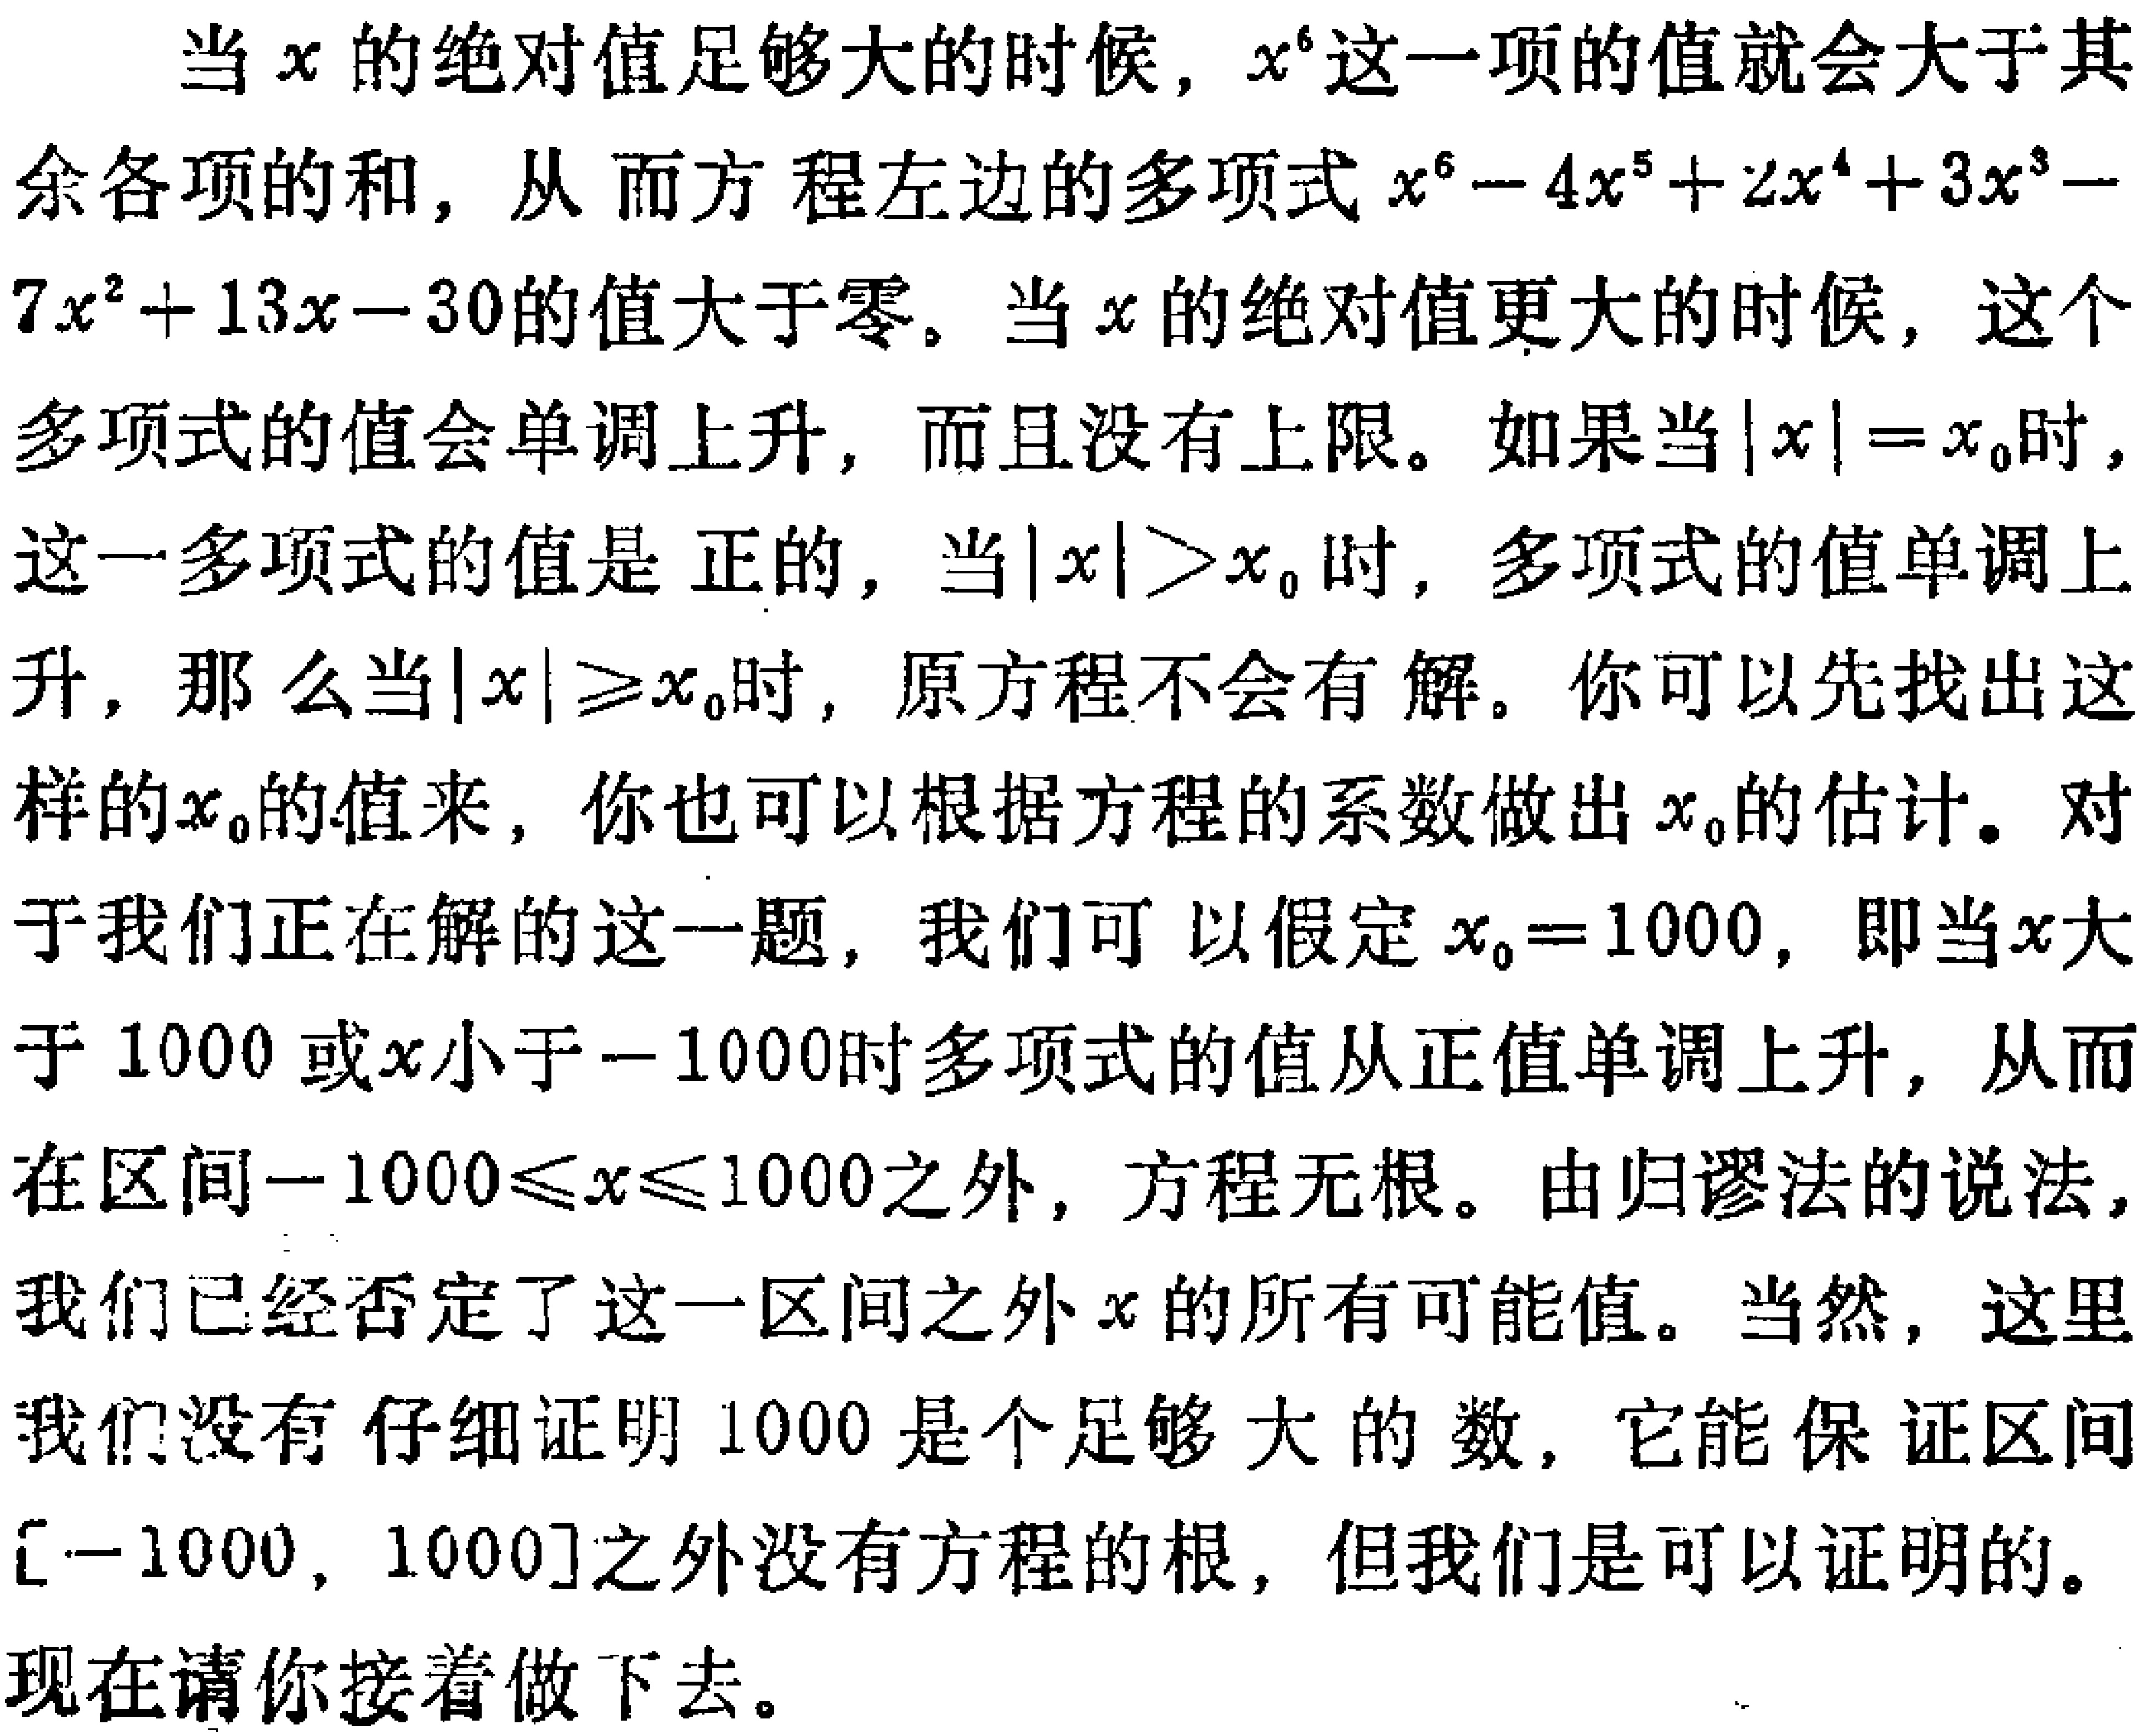
当$x$的绝对值足够大的时候，$x^{6}$这一项的值就会大于其余各项的和，从而方程左边的多项式$x^{6}-4x^{5}+2x^{4}+3x^{3}-7x^{2}+13x - 30$的值大于零。当$x$的绝对值更大的时候，这个多项式的值会单调上升，而且没有上限。如果当$|x| = x_{0}$时，这一多项式的值是正的，当$|x|>x_{0}$时，多项式的值单调上升，那么当$|x|\geqslant x_{0}$时，原方程不会有解。你可以先找出这样的$x_{0}$的值来，你也可以根据方程的系数做出$x_{0}$的估计。对于我们正在解的这一题，我们可以假定$x_{0}=1000$，即当$x$大于$1000$或$x$小于$- 1000$时多项式的值从正值单调上升，从而在区间$-1000\leqslant x\leqslant1000$之外，方程无根。由归谬法的说法，我们已经否定了这一区间之外$x$的所有可能值。当然，这里我们没有仔细证明$1000$是个足够大的数，它能保证区间$[-1000,1000]$之外没有方程的根，但我们是可以证明的。

现在请你接着做下去。